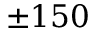
\pm 1 5 0